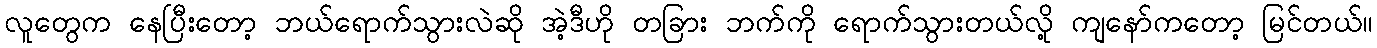
လူတွေက နေပြီးတော့ ဘယ်ရောက်သွားလဲဆို အဲ့ဒီဟို တခြား ဘက်ကို ရောက်သွားတယ်လို့ ကျနော်ကတော့ မြင်တယ်။